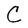
Character: C